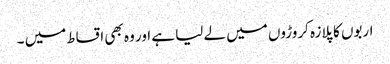
اربوں کا پلازہ کروڑوں میں لے لیا ہے اور وہ بھی اقساط میں ۔